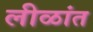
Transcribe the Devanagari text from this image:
लीळांत